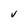
Character: V